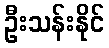
ဦးသန်းနိုင်